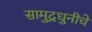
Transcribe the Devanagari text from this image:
सामुद्रधुनीचे